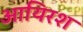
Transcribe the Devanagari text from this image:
आयिरश